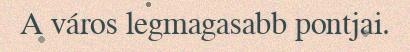
A város legmagasabb pontjai.